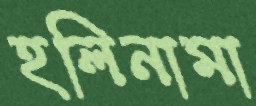
হলিনামা